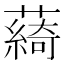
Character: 𦿟